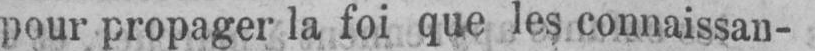
pour propager la foi que les connaissan-